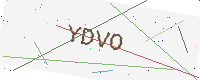
Text: YDVO